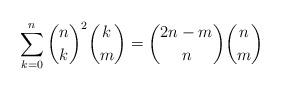
LaTeX: \begin{align*} \sum_{k=0}^n \binom{n}{k}^2 \binom{k}{m} = \binom{2n-m}{n}\binom{n}{m}\end{align*}